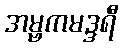
အမ္ဗကမဒ္ဒရီ